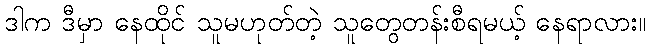
ဒါက ဒီမှာ နေထိုင် သူမဟုတ်တဲ့ သူတွေတန်းစီရမယ့် နေရာလား။